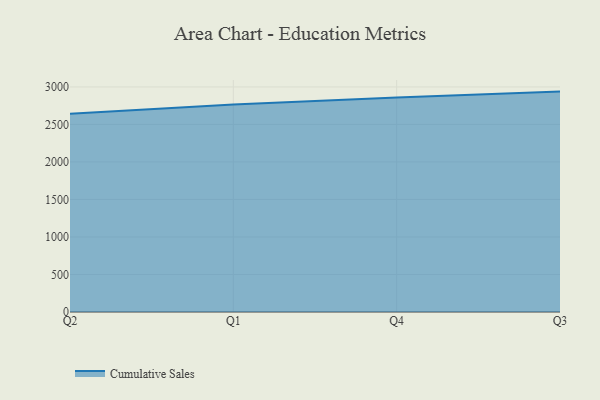
{"axis": {"x": "Quarter", "y": "Energy Usage (MWh)"}, "legend": ["Cumulative Sales"], "data": [{"x": "Q2", "y": 2641.0, "type": "Cumulative Sales"}, {"x": "Q1", "y": 2764.6, "type": "Cumulative Sales"}, {"x": "Q4", "y": 2859.5, "type": "Cumulative Sales"}, {"x": "Q3", "y": 2937.9, "type": "Cumulative Sales"}]}